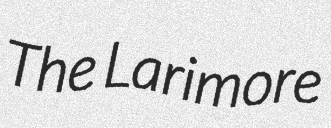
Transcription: The Larimore